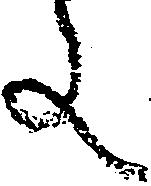
文